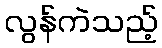
လွန်ကဲသည့်